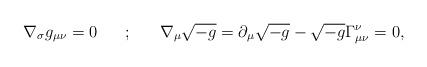
LaTeX: \begin{align*}\nabla_{\sigma}g_{\mu\nu} = 0 \hspace{20pt} ; \hspace{20pt} \nabla_{\mu}\sqrt{-g} = \partial_{\mu}\sqrt{-g} - \sqrt{-g}\Gamma^{\nu}_{\mu\nu} = 0,\end{align*}